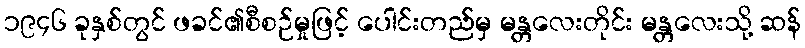
၁၉၄၆ ခုနှစ်တွင် ဖခင်၏စီစဉ်မှုဖြင့် ပေါင်းတည်မှ မန္တလေးတိုင်း မန္တလေးသို့ ဆန်